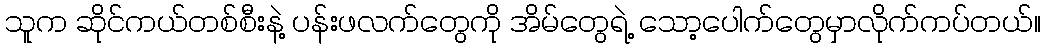
သူက ဆိုင်ကယ်တစ်စီးနဲ့ ပန်းဖလက်တွေကို အိမ်တွေရဲ့ သော့ပေါက်တွေမှာလိုက်ကပ်တယ်။